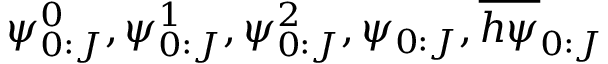
\psi _ { 0 : J } ^ { 0 } , \psi _ { 0 : J } ^ { 1 } , \psi _ { 0 : J } ^ { 2 } , \psi _ { 0 : J } , \overline { { h \psi } } _ { 0 : J }